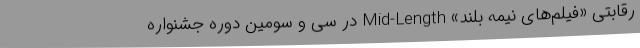
رقابتی «فیلم‌های نیمه بلند» Mid-Length در سی و سومین دوره جشنواره